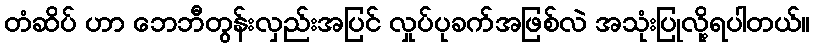
တံဆိပ် ဟာ ဘေဘီတွန်းလှည်းအပြင် လှုပ်ပုခက်အဖြစ်လဲ အသုံးပြုလို့ရပါတယ်။